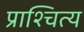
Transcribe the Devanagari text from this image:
प्राश्चित्य